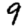
Digit: 9